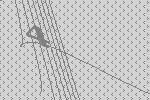
4